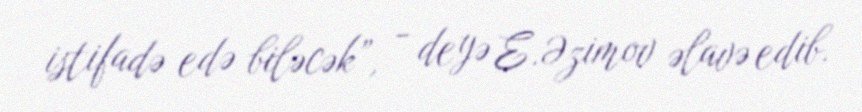
istifadə edə biləcək”, - deyə E.Əzimov əlavə edib.